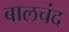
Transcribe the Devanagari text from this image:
बालचंद